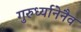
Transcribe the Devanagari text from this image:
गुरुर्ध्यानेनैव